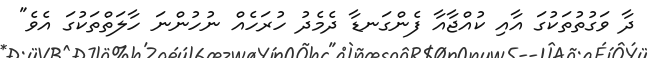
ދާ ވަގުތުތަކުގަ އާއި ކުއްޖާއާ ފެންގަނޑާ ދެމެދު ހުރަހެއް ނުހުންނަ ހާލަތްތަކުގަ އެވެ"